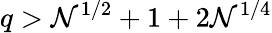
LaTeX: q>\mathcal{N}^{1/2}+1+2\mathcal{N}^{1/4}